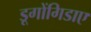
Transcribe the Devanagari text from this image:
डूगोंगिडाए